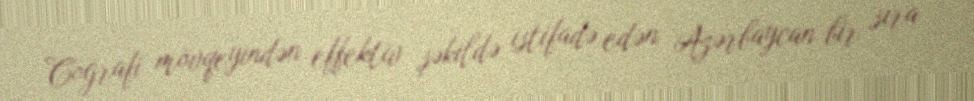
Coğrafi mövqeyindən effektiv şəkildə istifadə edən Azərbaycan bir sıra